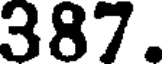
387.